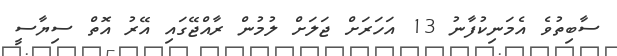
ސާބިތުވެ އެމަނިކުފާނު 13 އަހަރަށް ޖަލަށް ލުމުން ރާއްޖޭގައި އޭރު އޮތް ސިޔާސީ